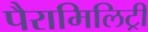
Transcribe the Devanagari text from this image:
पैरामिलिट्री